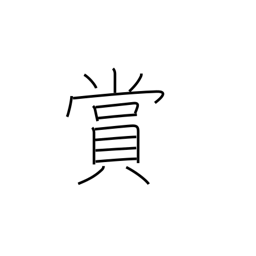
Meaning: reward